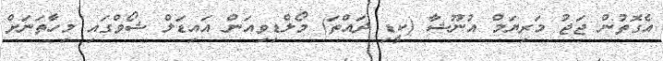
އެގޮތުން ޖަޖު މަރިޔަމް އުނޫޝާ (ކީޑި ދައްތަ) މޯލްޑިވިއަން އައިޑަލް ޝޯވްގައި މިހާތަނަށް